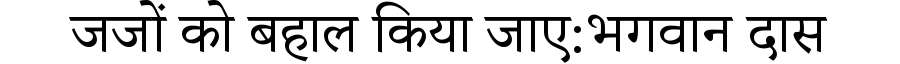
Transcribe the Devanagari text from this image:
जजों को बहाल किया जाए:भगवान दास